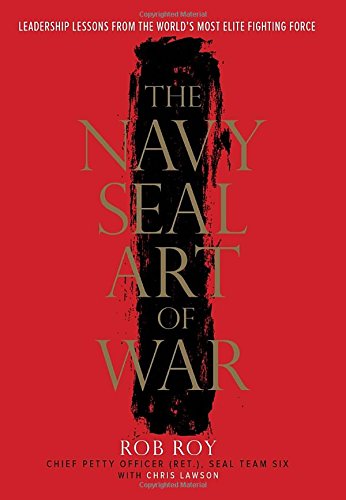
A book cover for The Navy SEAL Art of War: Leadership Lessons from the World's Most Elite Fighting Force; Rob Roy; History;